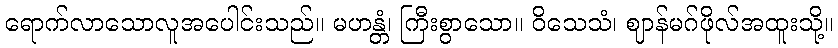
ရောက်လာသောလူအပေါင်းသည်။ မဟန္တံ၊ ကြီးစွာသော။ ဝိသေသံ၊ ဈာန်မဂ်ဖိုလ်အထူးသို့။